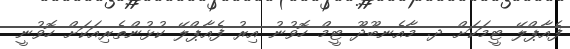
ފެއާޕްލޭ ޓީމަކަށް ދ. މާއެނބޫދޫ ޓީމް ހޮވުނު އިރު ފެއާޕްލޭ ކުޅުންތެރިއަކަށް ހޮވުނީ